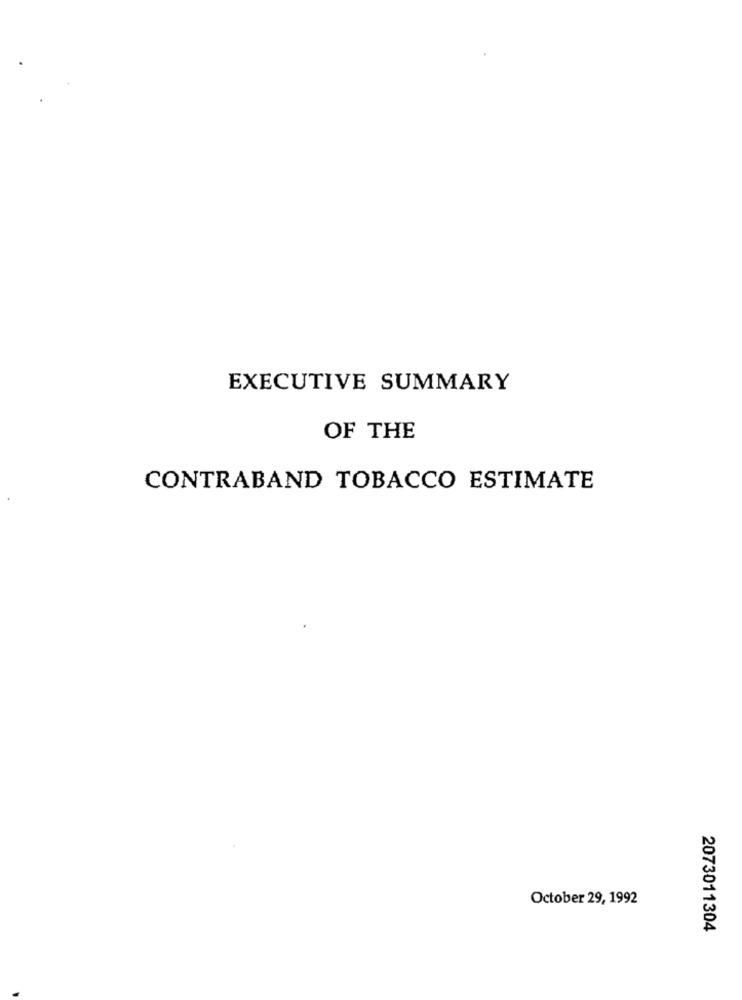
EXECUTIVE SUMMARY
OF THE
CONTRABAND TOBACCO ESTIMATE
October 29, 1992
2073011304